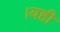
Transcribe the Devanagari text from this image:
।यही